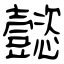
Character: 懿